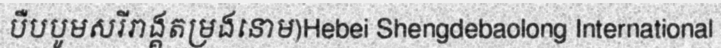
បឺបបូមសរីរាង្គតម្រងនោម)Hebei Shengdebaolong International